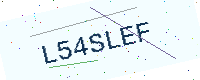
Text: L54SLEF